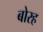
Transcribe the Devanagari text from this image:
बोरह